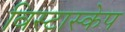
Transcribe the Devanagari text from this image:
विस्टास्केप